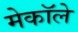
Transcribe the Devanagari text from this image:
मेकॉले